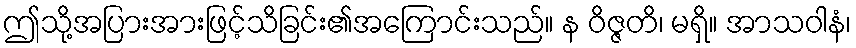
ဤသို့အပြားအားဖြင့်သိခြင်း၏အကြောင်းသည်။ န ဝိဇ္ဇတိ၊ မရှိ။ အာသဝါနံ၊